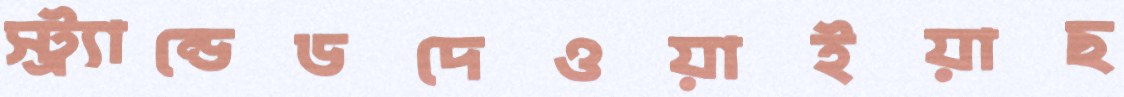
স্ট্র্যান্ডেডদেওয়াইয়াছ